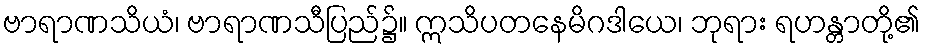
ဗာရာဏသိယံ၊ ဗာရာဏသီပြည်၌။ ဣသိပတနေမိဂဒါယေ၊ ဘုရား ရဟန္တာတို့၏